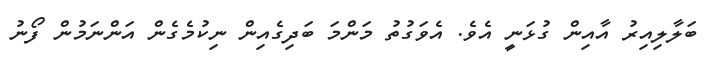
ބަލާލިއިރު އާއިން ގުޅަނީ އެވެ. އެވަގުތު މަންމަ ބަދިގެއިން ނިކުމެގެން އަންނަމުން ފޯނު